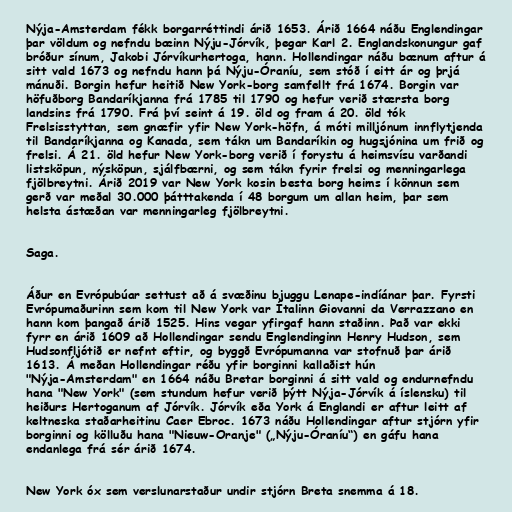
Nýja-Amsterdam fékk borgarréttindi árið 1653. Árið 1664 náðu Englendingar
þar völdum og nefndu bæinn Nýju-Jórvík, þegar Karl 2. Englandskonungur gaf
bróður sínum, Jakobi Jórvíkurhertoga, hann. Hollendingar náðu bænum aftur á
sitt vald 1673 og nefndu hann þá Nýju-Óraníu, sem stóð í eitt ár og þrjá
mánuði. Borgin hefur heitið New York-borg samfellt frá 1674. Borgin var
höfuðborg Bandaríkjanna frá 1785 til 1790 og hefur verið stærsta borg
landsins frá 1790. Frá því seint á 19. öld og fram á 20. öld tók
Frelsisstyttan, sem gnæfir yfir New York-höfn, á móti milljónum innflytjenda
til Bandaríkjanna og Kanada, sem tákn um Bandaríkin og hugsjónina um frið og
frelsi. Á 21. öld hefur New York-borg verið í forystu á heimsvísu varðandi
listsköpun, nýsköpun, sjálfbærni, og sem tákn fyrir frelsi og menningarlega
fjölbreytni. Árið 2019 var New York kosin besta borg heims í könnun sem
gerð var meðal 30.000 þátttakenda í 48 borgum um allan heim, þar sem
helsta ástæðan var menningarleg fjölbreytni.

Saga.

Áður en Evrópubúar settust að á svæðinu bjuggu Lenape-indíánar þar. Fyrsti
Evrópumaðurinn sem kom til New York var Ítalinn Giovanni da Verrazzano en
hann kom þangað árið 1525. Hins vegar yfirgaf hann staðinn. Það var ekki
fyrr en árið 1609 að Hollendingar sendu Englendinginn Henry Hudson, sem
Hudsonfljótið er nefnt eftir, og byggð Evrópumanna var stofnuð þar árið
1613. Á meðan Hollendingar réðu yfir borginni kallaðist hún
"Nýja-Amsterdam" en 1664 náðu Bretar borginni á sitt vald og endurnefndu
hana "New York" (sem stundum hefur verið þýtt Nýja-Jórvík á íslensku) til
heiðurs Hertoganum af Jórvík. Jórvík eða York á Englandi er aftur leitt af
keltneska staðarheitinu Caer Ebroc. 1673 náðu Hollendingar aftur stjórn yfir
borginni og kölluðu hana "Nieuw-Oranje" („Nýju-Óraníu“) en gáfu hana
endanlega frá sér árið 1674.

New York óx sem verslunarstaður undir stjórn Breta snemma á 18.